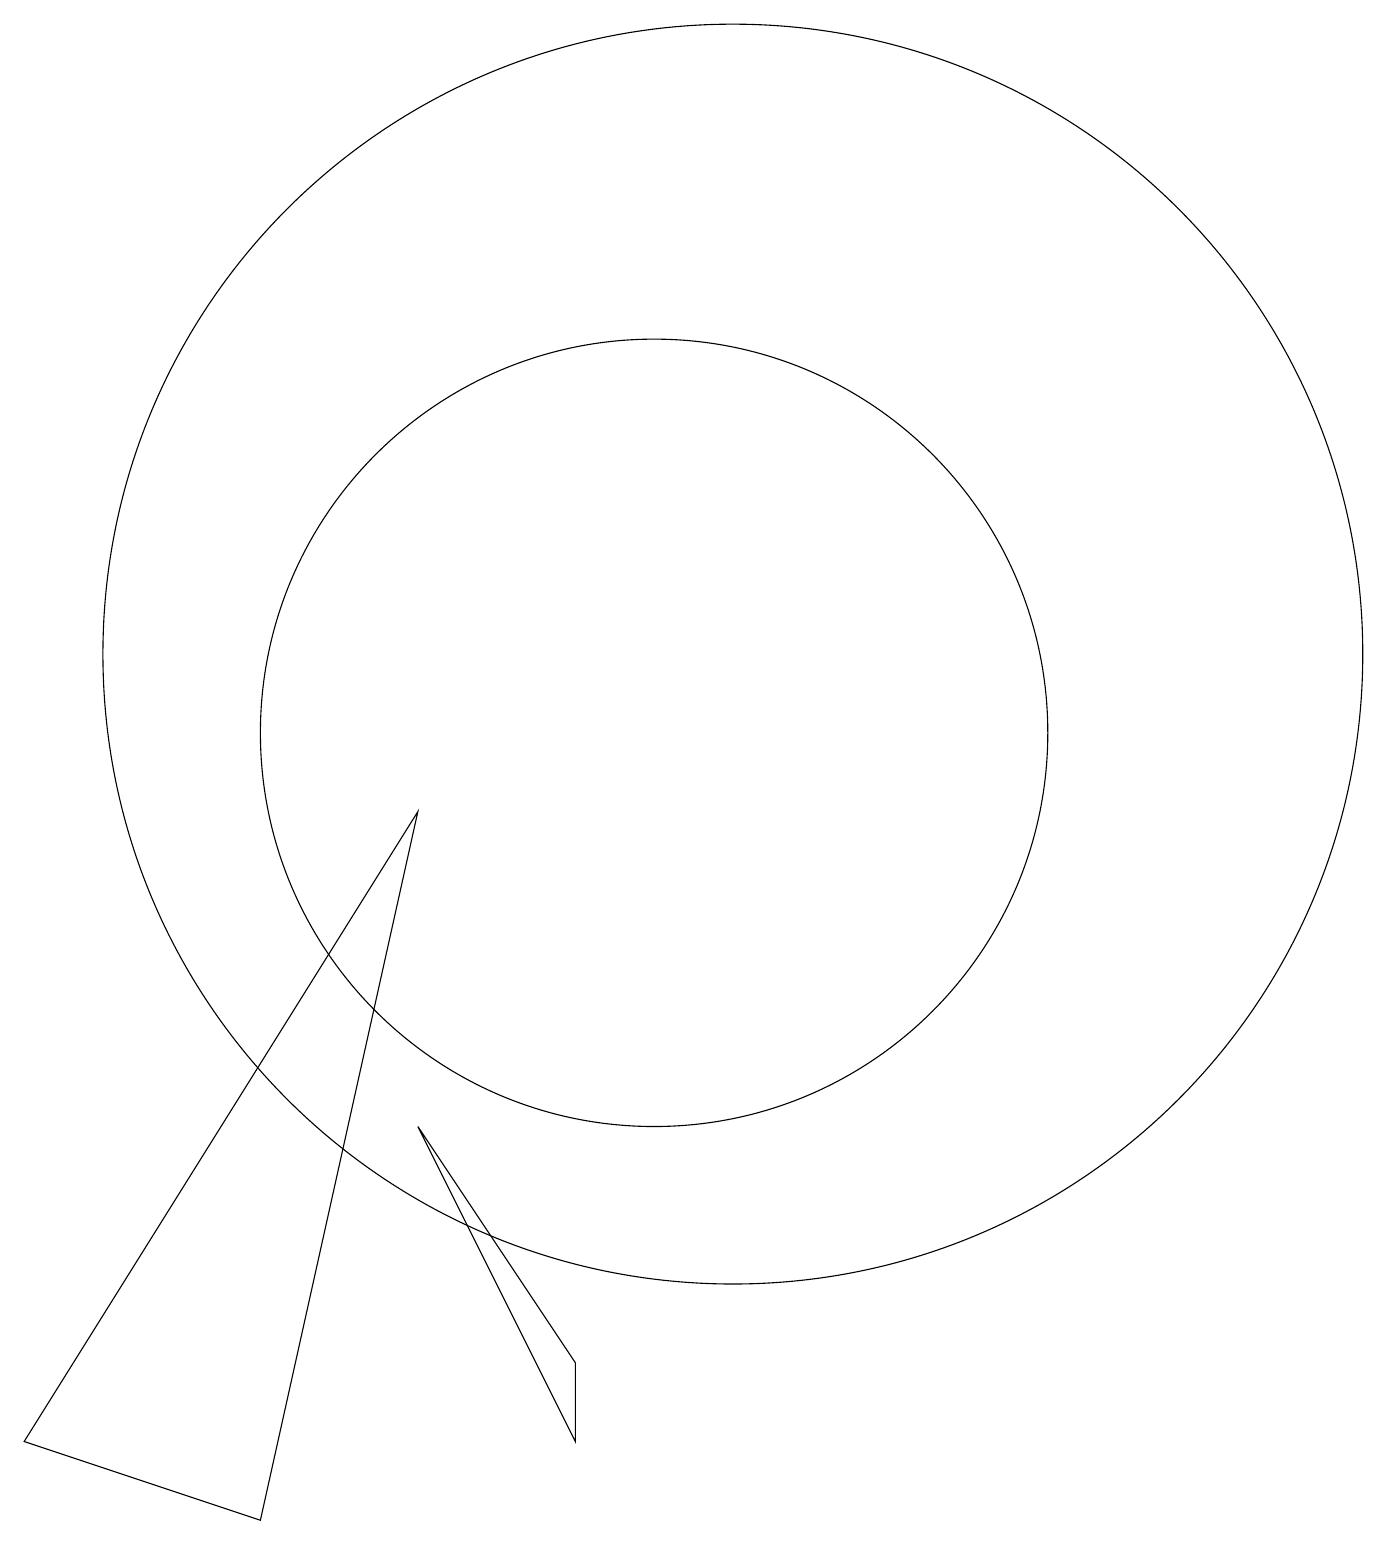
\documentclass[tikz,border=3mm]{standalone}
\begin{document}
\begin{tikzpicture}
\draw (11,11) circle (8);
\draw (10,10) circle (5);
\draw (9,2) -- (7,5) -- (9,1) -- cycle;
\draw (5,0) -- (7,9) -- (2,1) -- cycle;
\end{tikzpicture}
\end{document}